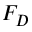
F _ { D }